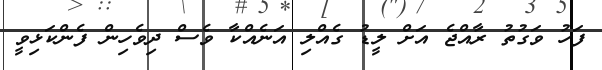
ފަހު ވަގުތު ރާއްޖެ އަށް ލީޑު ގެއްލި އަނެއްކާ ވެސް ދިވެހިން ފެންކަޅިވީ